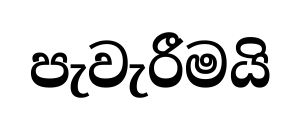
පැවැරීමයි